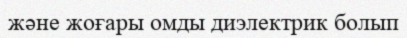
және жоғары омды диэлектрик болып